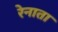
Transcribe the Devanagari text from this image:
रेनाता